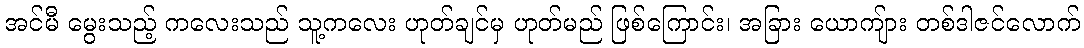
အင်မီ မွေးသည့် ကလေးသည် သူ့ကလေး ဟုတ်ချင်မှ ဟုတ်မည် ဖြစ်ကြောင်း၊ အခြား ယောကျ်ား တစ်ဒါဇင်လောက်